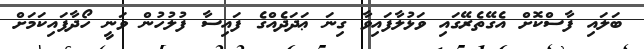
ބަލައި ފާސްކޮށް އެގޭތެރޭގައި ވަޅުލާފައިވާ ގިނަ ޢަދަދެއްގެ ފައިސާ ފުލުހުން ވަނީ ހޯދާފައިކަމަށް